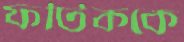
ফটিককে